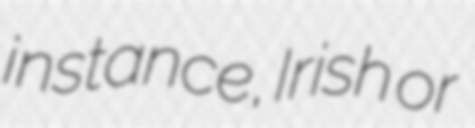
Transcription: instance, Irish or